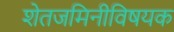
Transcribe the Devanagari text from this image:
शेतजमिनीविषयक